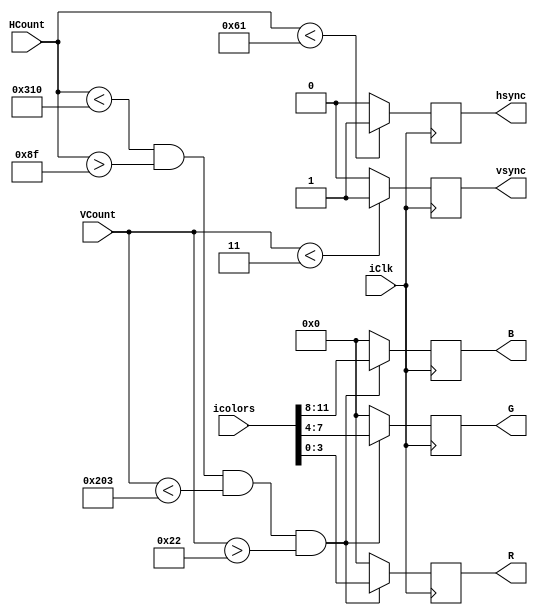
module color(
	input iClk,
	input [11:0]icolors,
	input [15:0]HCount,
	input [15:0]VCount,
	output [3:0]R,
	output [3:0]G,
	output [3:0]B,
	output hsync,
	output vsync
);

reg [3:0]R_D = 4'd0; // px rojo
reg [3:0]R_Q = 4'd0;
 
reg [3:0]G_D = 4'd0; //px verde
reg [3:0]G_Q = 4'd0;

reg [3:0]B_D = 4'd0; //px azul
reg [3:0]B_Q = 4'd0;

reg hsync_D = 1'd0; //horizontal sync
reg hsync_Q = 1'd0;

reg vsync_D = 1'd0; //vertical sync
reg vsync_Q = 1'd0;


assign hsync = hsync_Q;
assign vsync = vsync_Q;

assign R = R_Q;
assign G = G_Q;
assign B = B_Q;

always @ (posedge iClk)
begin
	R_Q <= R_D;
	G_Q <= G_D;
	B_Q <= B_D;
	hsync_Q <= hsync_D;
	vsync_Q <= vsync_D;
end

always @ *
begin
	if(HCount < 784 && HCount > 143 && VCount < 515 && VCount > 34) // prendido si estn en "addressable video time"
	begin
		R_D = icolors[3:0]; // primer dato - rojo
		G_D = icolors[7:4]; // segundo dato - verde
		B_D = icolors[11:8]; // tercer dato - azul
	end
	else
	begin // apagados si no estn en "addressable video time"
		R_D = 4'h0;
		G_D = 4'h0;
		B_D = 4'h0;
	end
	
	if(HCount < 97)
	begin
		hsync_D = 1'd1;
	end
	else
	begin
		hsync_D = 1'd0;
	end
	
	if(VCount < 3)
	begin
		vsync_D = 1'd1;
	end
	else
	begin
		vsync_D = 1'd0;
	end
end 

endmodule